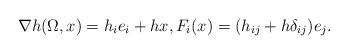
LaTeX: \begin{align*}\nabla h(\Omega,x)=h_{i}e_{i}+hx, F_{i}(x)=(h_{ij}+h\delta_{ij})e_{j}.\end{align*}